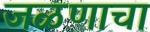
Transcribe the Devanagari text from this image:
जळणाचा